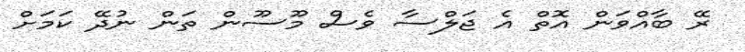
ރޭ ބާއްވަން އޮތް އެ ޖަލްސާ ވެސް މޫސޫން ތަން ނުދޭ ކަމަށް